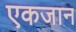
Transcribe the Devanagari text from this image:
एकजान